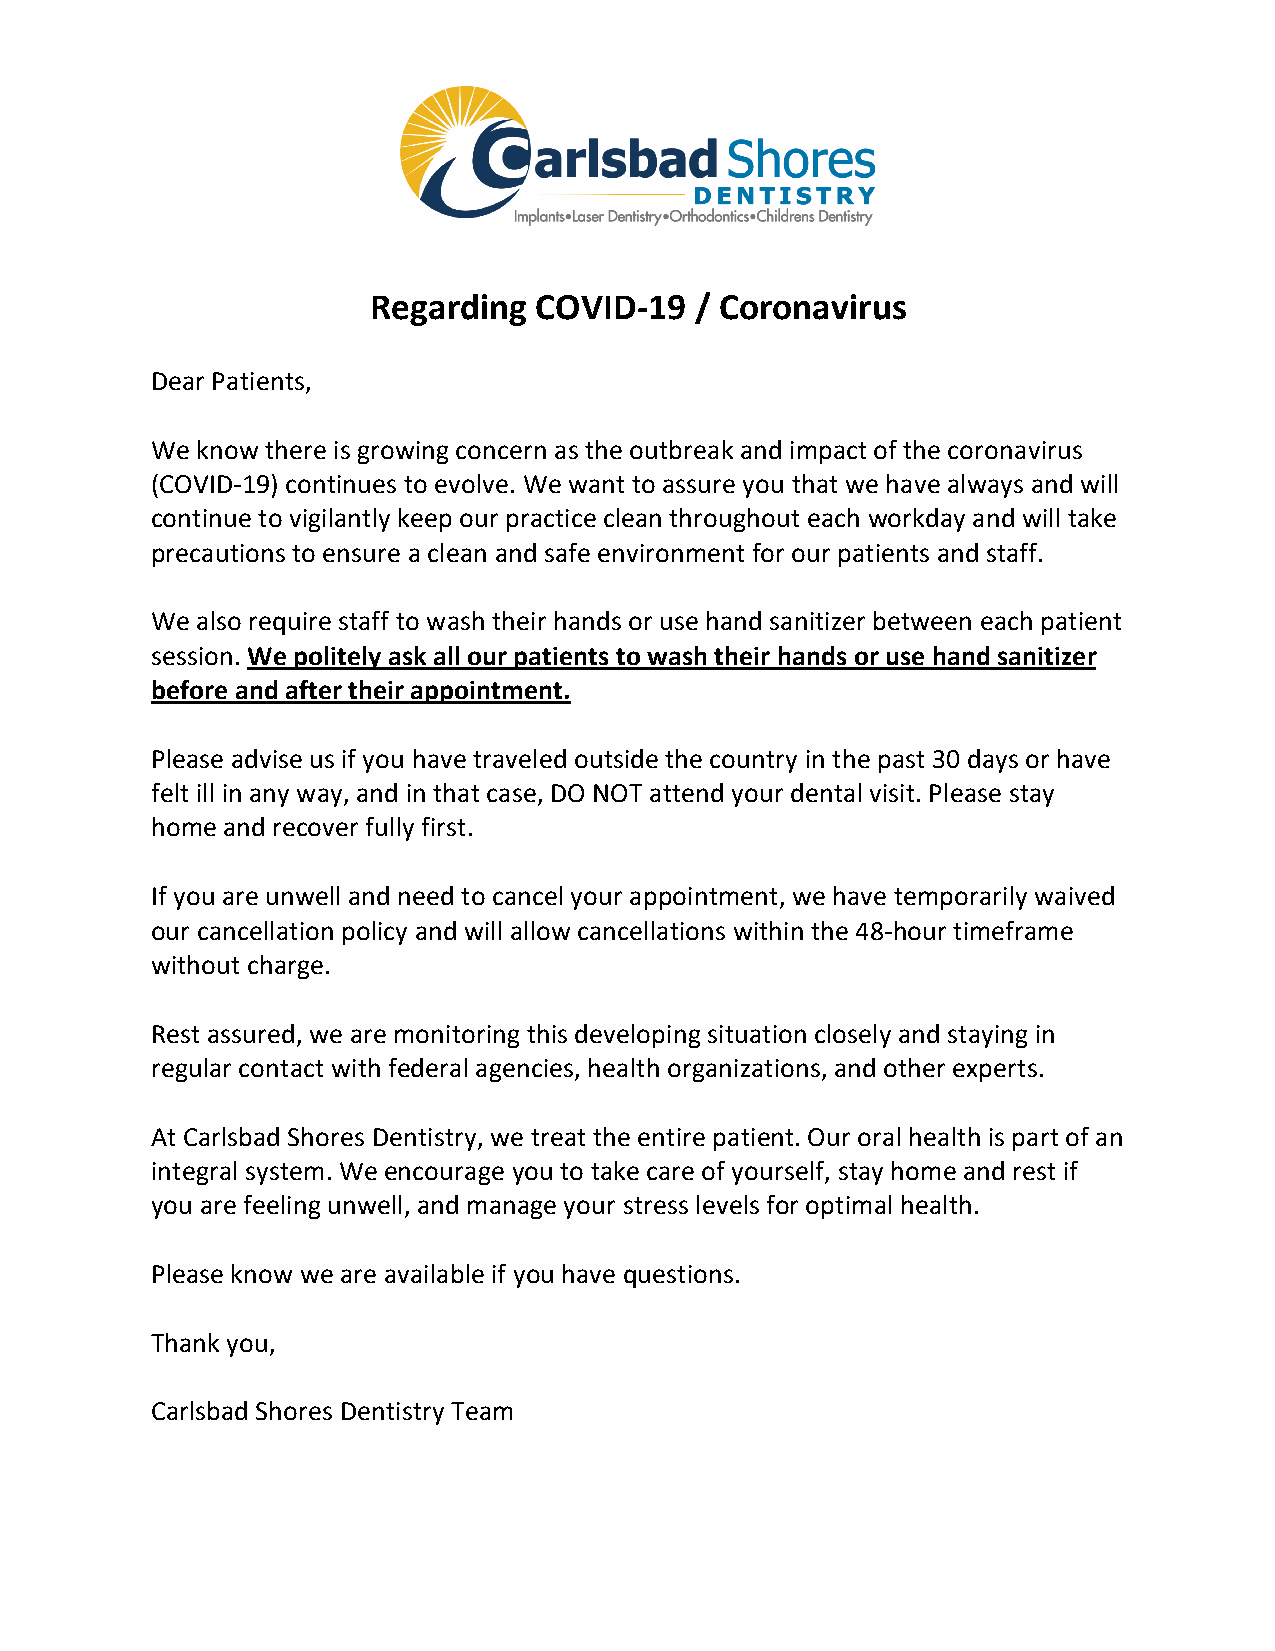
Regarding COVID-19   / Coronavirus
 Dear Patients,
 We know there is growing concern as the outbreak and impact of the coronavirus
 (COVID-19) continues to evolve. We want to assure you that we have always and will
 continue to vigilantly keep our practice clean throughout each workday and will take
 precautions to ensure a clean and safe environment for our patients and staff.
 We also require staff to wash their hands or use hand sanitizer between each patient
 session. We politely ask all our patients to wash their hands or use hand sanitizer
 before and after their appointment.
 Please advise us if you have traveled outside the country in the past 30 days or have
 felt ill in any way, and in that case, DO NOT attend your dental visit. Please stay
 home and recover fully first.
 If you are unwell and need to cancel your appointment, we have temporarily waived
 our cancellation policy and will allow cancellations within the 48-hour timeframe
 without charge.
 Rest assured, we are monitoring this developing situation closely and staying in
 regular contact with federal agencies, health organizations, and other experts.
 At Carlsbad Shores Dentistry, we treat the entire patient. Our oral health is part of an
 integral system. We encourage you to take care of yourself, stay home and rest if
 you are feeling unwell, and manage your stress levels for optimal health.
 Please know we are available if you have questions.
 Thank you,
 Carlsbad Shores Dentistry Team